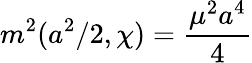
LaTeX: m^{2}(a^{2}/2,\chi)=\frac{\mu^{2}a^{4}}{4}